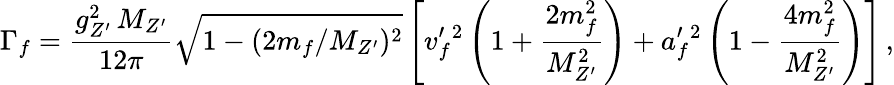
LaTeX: \Gamma_{f}=\frac{g_{Z^{\prime}}^{2}\, M_{Z^{\prime}}}{12\pi}\sqrt{1-(2m_{f}/M_{Z^{\prime}})^{2}}\left[v_{f}^{\prime}{}^{2}\left(1+\frac{2m_{f}^{2}}{M_{Z^{\prime}}^{2}}\right)+a_{f}^{\prime}{}^{2}\left(1-\frac{4m_{f}^{2}}{M_{Z^{\prime}}^{2}}\right)\right]\, ,